Vaccine operations Central Provinces & Berar 1912-1920 - 1912-1920
Year: 1912
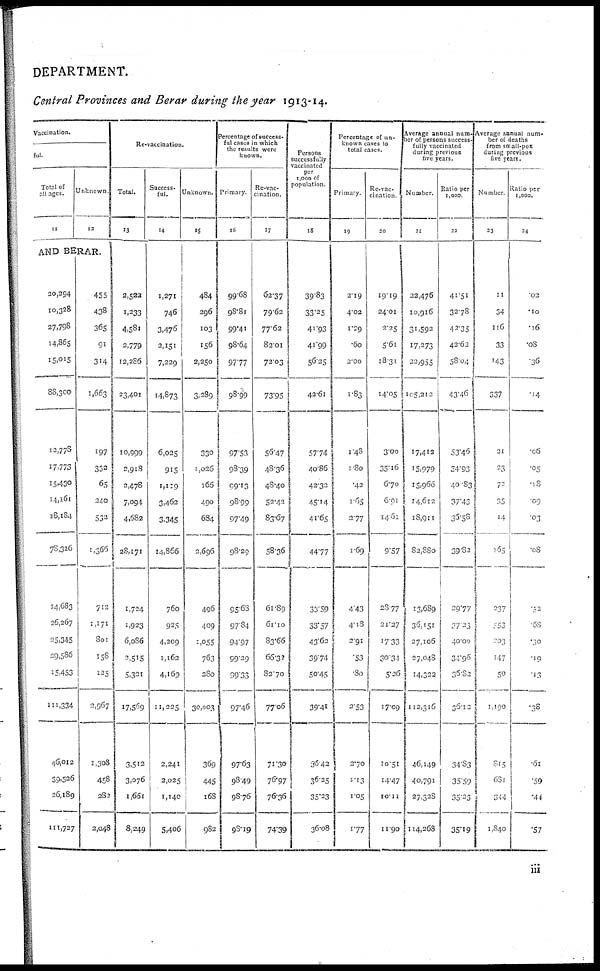
DEPARTMENT.
Central Provinces and Berar during the year 1913-14.
Vaccination.
ful.
Total of
all ages.
11
Unknown.
12
AND BERAR.
20,294
10,328
27,798
14,865
15,015
88,300
12,778
17,773
15,430
14,161
18,184
78,326
14,683
26,267
25,345
29,586
15,453
111,334
46,012
39,526
26,189
111,727
455
438
365
91
314
1,663
197
332
65
240
532
1,366
712
1,171
801
158
125
2,967
1,308
458
282
2,048
Re-vaccination.
Total.
13
2,522
1,233
4,581
2,779
12,286
23,401
10,999
2,918
2,478
7,094
4,682
28,171
1,724
1,923
6,086
2,515
5,321
17,569
3,512
3,076
1,661
8,249
Success-
ful.
14
1,271
746
3,476
2,151
7,229
14,873
6,025
915
1,119
3,462
3,345
14,866
760
925
4,209
1,162
4,169
11,225
2,241
2,025
1,140
5,406
Unknown.
15
484
296
103
156
2,250
3,289
330
1,026
166
490
684
2,696
496
409
1,055
763
280
30,003
369
445
168
982
Percentage of success-
ful cases in which
the results were
known.
Primary.
16
99.68
98.81
99.41
98.64
97.77
98.99
97.53
98.39
99.13
98.99
97.49
98.29
95.68
97.84
94.97
99.29
99.33
97.46
97.63
98.49
98.76
98.19
Re-vac-
cination.
17
62.37
79.62
77.62
82.01
72.03
73.95
56.47
48.36
48.40
52.42
83.67
58.36
61.89
61.10
83.66
66.32
82.70
77.06
71.30
76.97
76.36
74.39
Persons
successfully
vaccinated
per
1,000 of
population.
18
39.83
33.25
41.93
41.99
56.25
42.61
57.74
40.86
42.32
45.14
41.65
44.77
33.59
33.57
43.62
39.74
50.45
39.41
36.42
36.25
35.23
36.08
Percentage of un-
known cases to
total cases.
Primary.
19
2.19
4.02
1.29
.60
2.00
1.83
1.48
1.80
.42
1.65
2.77
1.69
4.43
4.18
2.91
.53
.80
2.53
2.70
1.13
1.05
1.77
Re-vac-
cination.
20
19.19
24.01
2.25
5.61
18.31
14.05
3.00
35.16
6.70
6.91
14.61
9.57
28.77
21.27
17.33
30.34
5.26
17.09
10.51
14.47
10.11
11.90
Average annual num-
ber of persons success-
fully vaccinated
during previous
five years.
Number.
21
22,476
10,916
31,592
17,273
22,955
105,212
17,412
15,979
15,966
14,612
18,911
82,380
13,689
36,151
27,106
27,048
14,322
112,316
46,149
40,791
27,328
114,268
Ratio per
1,000.
22
41.51
32.78
42.35
42.62
58.04
43.46
53.46
34.93
40.83
37.43
36.58
39.82
29.77
37.23
40.00
34.96
36.82
36.12
34.83
35.59
35.23
35.19
Average annual num-
ber of deaths
from small-pox
during previous
five years.
Number.
23
11
34
116
33
143
337
21
23
72
35
14
165
237
553
203
147
50
1,190
815
681
344
1,840
Ratio per
1,000.
24
.02
.10
.16
.08
.36
.14
.06
.05
.18
.09
.03
.08
.52
.68
.30
.19
.13
.38
.61
.59
.44
.57
iii